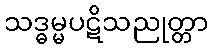
သဒ္ဓမ္မပဋိသညုတ္တာ